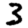
Digit: 3